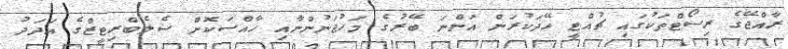
ރާއްޖޭގެ ރިސޯޓްތަކުގައި ޗުއްޓީ ހޭދަކުރަން އަންނަ ބޭރުގެ މަހުޖަނުންނާއި ހާއްސަކޮށް ސެލެބްރިޓީޒްގެ އަދަދު